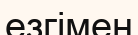
езгімен